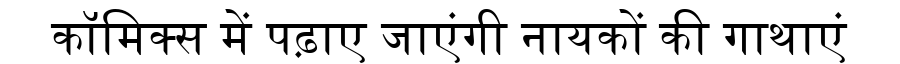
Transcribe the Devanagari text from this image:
कॉमिक्स में पढ़ाए जाएंगी नायकों की गाथाएं